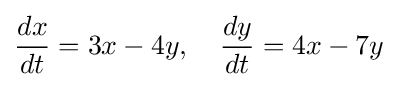
{\frac {dx}{dt}}=3x-4y,\quad {\frac {dy}{dt}}=4x-7y~